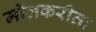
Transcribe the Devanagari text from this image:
मॉलकरीता